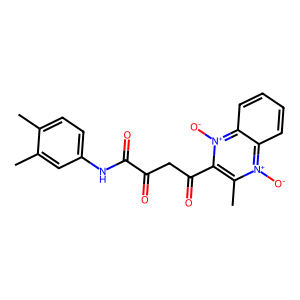
SMILES: Cc1ccc(NC(=O)C(=O)CC(=O)c2c(C)[n+]([O-])c3ccccc3[n+]2[O-])cc1C
Inhibits HIV replication: No